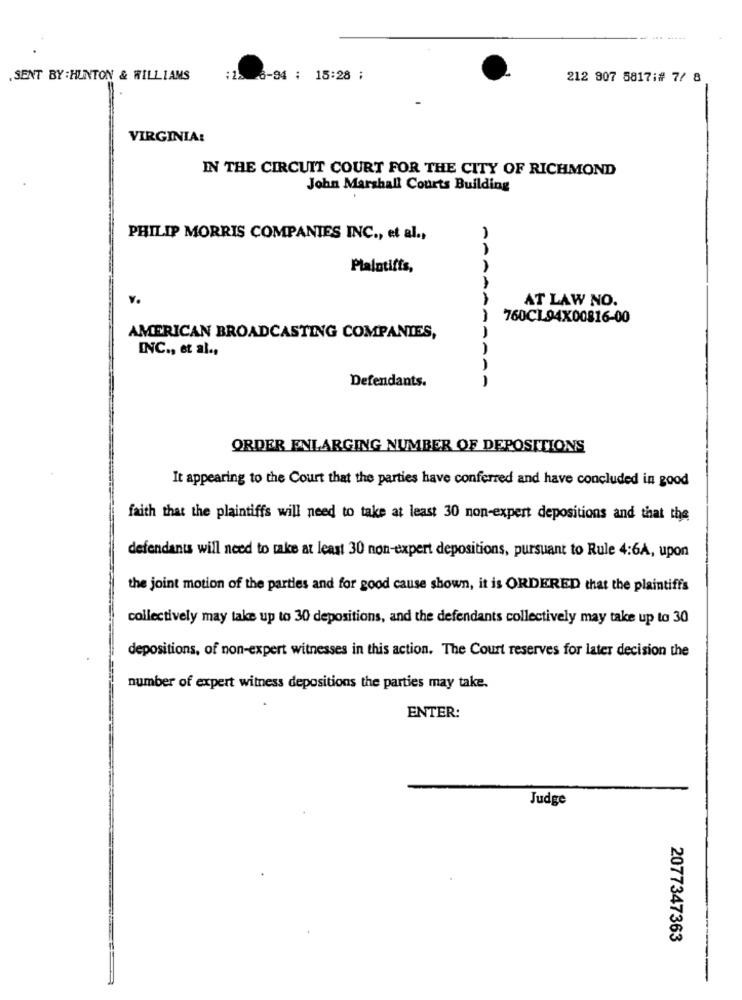
.SENT BY : HUNTON & WILLIAMS
:22 6-94 : 15:28 ;
212 907 5817:# 7/ 8
VIRGINIA:
IN THE CIRCUIT COURT FOR THE CITY OF RICHMOND
John Marshall Courts Building
PHILIP MORRIS COMPANIES INC ., et al .,
Plaintiffs,
v.
AT LAW NO.
760CL.94X00816-00
AMERICAN BROADCASTING COMPANIES,
INC ., et al .,
Defendants.
AA
ORDER ENLARGING NUMBER OF DEPOSITIONS
It appearing to the Court that the parties have conferred and have concluded in good
faith that the plaintiffs will need to take at least 30 non-expert depositions and that the
defendants will need to take at least 30 non-expert depositions, pursuant to Rule 4:6A, upon
the joint motion of the parties and for good cause shown, it is ORDERED that the plaintiffs
collectively may take up to 30 depositions, and the defendants collectively may take up to 30
depositions, of non-expert witnesses in this action. The Court reserves for later decision the
number of expert witness depositions the parties may take.
ENTER:
Judge
2077347363